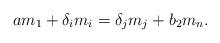
LaTeX: \begin{align*}a m_1+\delta_i m_i = \delta_j m_j +b_2m_n.\end{align*}